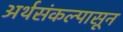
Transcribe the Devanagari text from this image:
अर्थसंकल्पासून